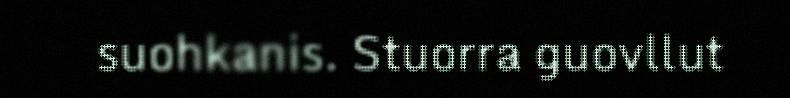
suohkanis. Stuorra guovllut